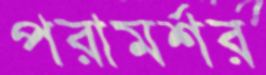
পরামর্শর